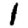
Digit: 1